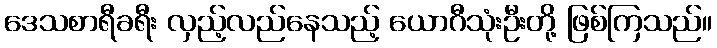
ဒေသစာရီခရီး လှည့်လည်နေသည့် ယောဂီသုံးဦးတို့ ဖြစ်ကြသည်။